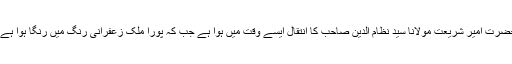
حضرت امیر شریعت مولانا سید نظام الدین صاحب کا انتقال ایسے وقت میں ہوا ہے جب کہ پورا ملک زعفرانی رنگ میں رنگا ہوا ہے ۔